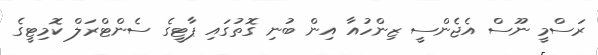
ރަސްމީ ނޫސް އެޖެންސީ ޒިންހުއާ އިން ބުނި ގޮތުގައި ޕާޓީގެ ސެންޓްރަލް ކޮމިޓީގެ